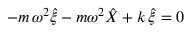
- m \, \omega ^ { 2 } \hat { \xi } - m \omega ^ { 2 } \hat { X } + k \, \hat { \xi } = 0